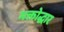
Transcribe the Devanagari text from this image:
भक्तोद्धार